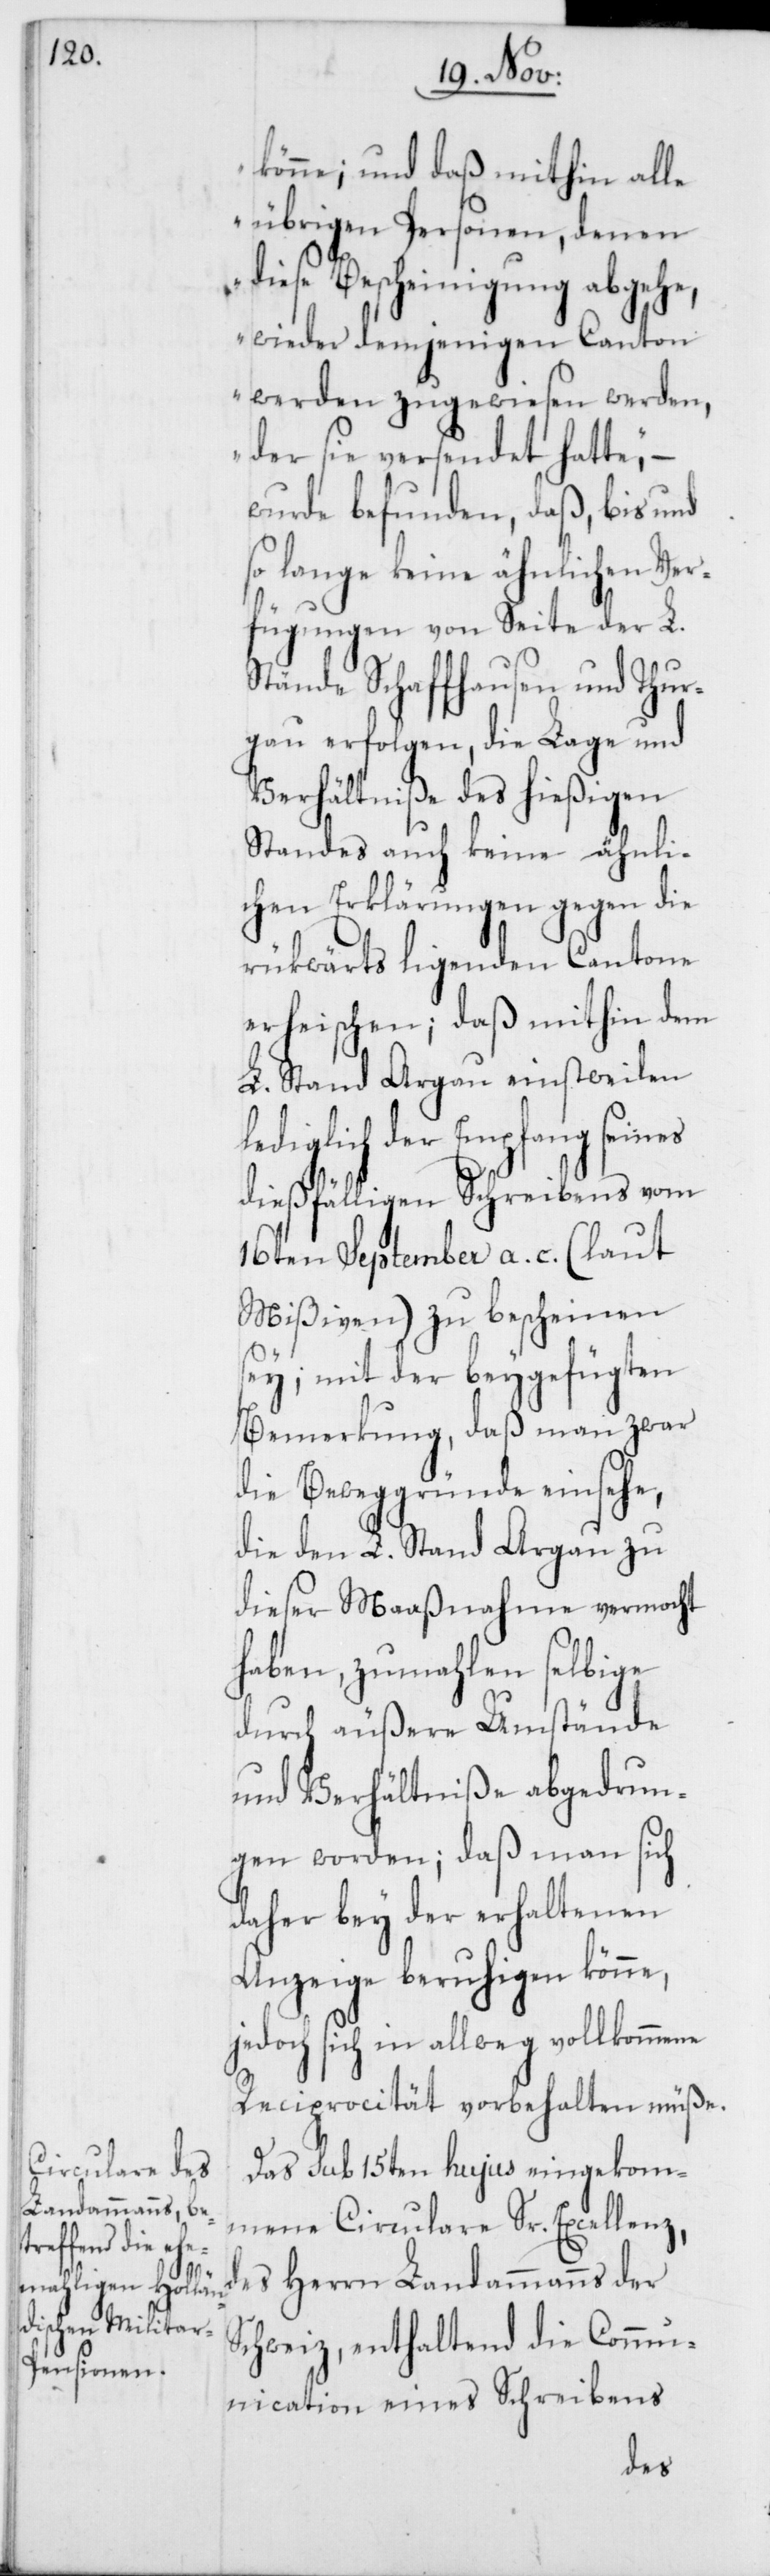
könne; und daß mithin alle
übrigen Personen, denen
diese Bescheinigung abgehe,
wieder demjenigen Canton
werden zugewiesen werden,
der sie versendet hatte“,
wurde befunden, daß, bis und
so lange keine ähnlichen Ver¬
fügungen von Seite der L.
Stände Schaffhausen und Thur¬
gau erfolgen, die Lage und
Verhältniße des hießigen
Standes auch keine ähnli¬
chen Erklärungen gegen die
rükwärts ligenden Cantone
erheischen; daß mithin dem
L. Stand Argau einstweilen
lediglich der Empfang seines
dießfälligen Schreibens vom
16ten September a. c. (laut
Mißiven) zu bescheinen
sey; mit der beygefügten
Bemerkung, daß man zwar
die Beweggründe einsehe,
die den L. Stand Argau zu
dieser Maaßnahme vermacht
haben, zumahlen selbige
durch äußere Umstände
und Verhältniße abgedrun¬
gen worden; daß man sich
daher bey der erhaltenen
Anzeige beruhigen könne,
jedoch sich in allweg vollkommene
Reciprocität vorbehalten müße.
Das sub 15ten hujus eingekom¬
mene Circulare Sr. Excellenz,
s Herrn Landammanns der
Schweiz, enthaltend die Commu¬
nication eines Schreibens
de¬